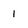
Character: 1